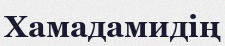
Хамадамидің